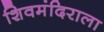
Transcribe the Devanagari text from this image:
शिवमंदिराला